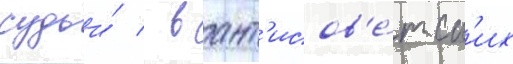
судьи́ / в ант'исов'е́тск'их